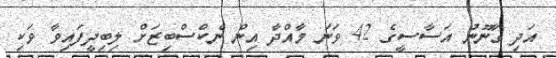
އަދި ގާނޫނު އަސާސީގެ 42 ވަނަ މާއްދާ އިން ނެކްސްބިޒަށް ލިބިދީފައިވާ ވަކި